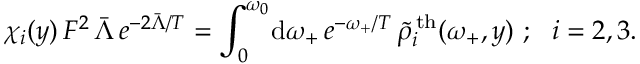
\chi _ { i } ( y ) \, F ^ { 2 } \, \bar { \Lambda } \, e ^ { - 2 \bar { \Lambda } / T } = \int _ { 0 } ^ { \omega _ { 0 } } \! \mathrm { d } \omega _ { + } \, e ^ { - \omega _ { + } / T } \, \widetilde { \rho } _ { i } ^ { \mathrm { \, t h } } ( \omega _ { + } , y ) ~ ; ~ ~ i = 2 , 3 .